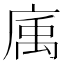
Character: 𢉠